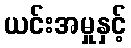
ယင်းအမှုနှင့်